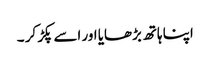
اپنا ہاتھ بڑھایا اور اسے پکڑ کر ۔